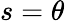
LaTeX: s=\theta